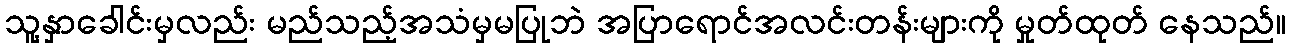
သူ့နှာခေါင်းမှလည်း မည်သည့်အသံမှမပြုဘဲ အပြာရောင်အလင်းတန်းများကို မှုတ်ထုတ် နေသည်။